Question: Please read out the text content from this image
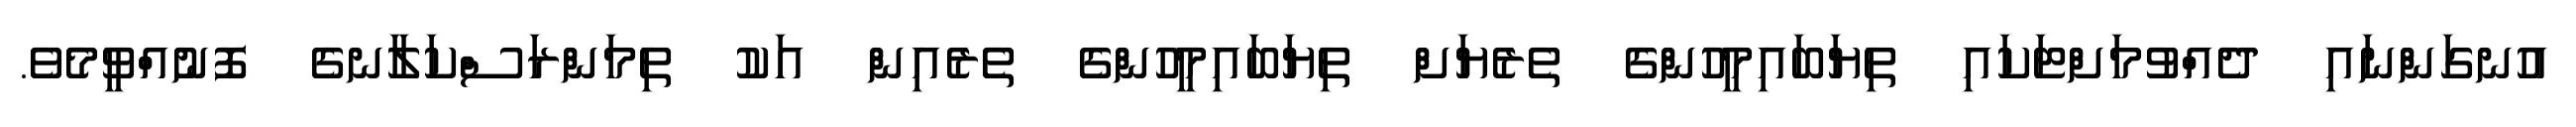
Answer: އުނގަންނައި ދެއްވުމަށްޓަކައި ތިޔަބައިމީހުންގެ ތެރެޔަށް ތިޔަބައިމީހުންގެ ތެރެއިން އަކު ތިމަންރަސްކަލާނގެ ފޮނުއްވީމެވެ.